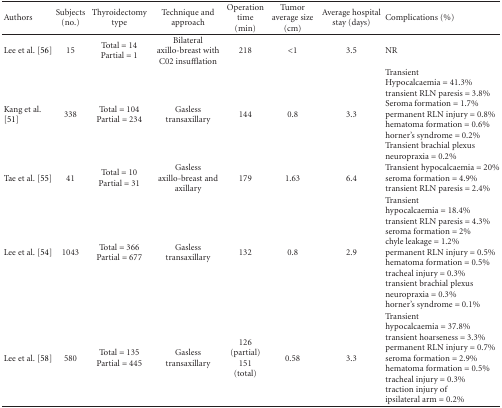
| Authors | Subjects (no.) | Thyroidectomy type | Technique and approach | Operation time (min) | Tumor average size (cm) | Average hospital stay (days) | Complications (%) |
 | --- | --- | --- | --- | --- | --- | --- | --- |
 | Lee et al. [56] | 15 | Total = 14 Partial = 1 | Bilateral axillo-breast with C02 insufflation | 218 | <1 | 3.5 | NR |
 | Kang et al. [51] | 338 | Total = 104 Partial = 234 | Gasless transaxillary | 144 | 0.8 | 3.3 | Transient Hypocalcaemia = 41.3%transient RLN paresis = 3.8%Seroma formation = 1.7%permanent RLN injury = 0.8% hematoma formation = 0.6% horner's syndrome = 0.2% Transient brachial plexus neuropraxia = 0.2% |
 | Tae et al. [55] | 41 | Total = 10Partial = 31 | Gasless axillo-breast and axillary | 179 | 1.63 | 6.4 | Transient hypocalcaemia = 20%seroma formation = 4.9% transient RLN paresis = 2.4% |
 | Lee et al. [54] | 1043 | Total = 366 Partial = 677 | Gasless transaxillary | 132 | 0.8 | 2.9 | Transient hypocalcaemia = 18.4% transient RLN paresis = 4.3% seroma formation = 2% chyle leakage = 1.2% permanent RLN injury = 0.5% hematoma formation = 0.5% tracheal injury = 0.3%transient brachial plexus neuropraxia = 0.3% horner's syndrome = 0.1% |
 | Lee et al. [58] | 580 | Total = 135Partial = 445 | Gasless transaxillary | 126 (partial) 151 (total) | 0.58 | 3.3 | Transient hypocalcaemia = 37.8% transient hoarseness = 3.3%permanent RLN injury = 0.7%seroma formation = 2.9% hematoma formation = 0.5% tracheal injury = 0.3%traction injury of ipsilateral arm = 0.2% |